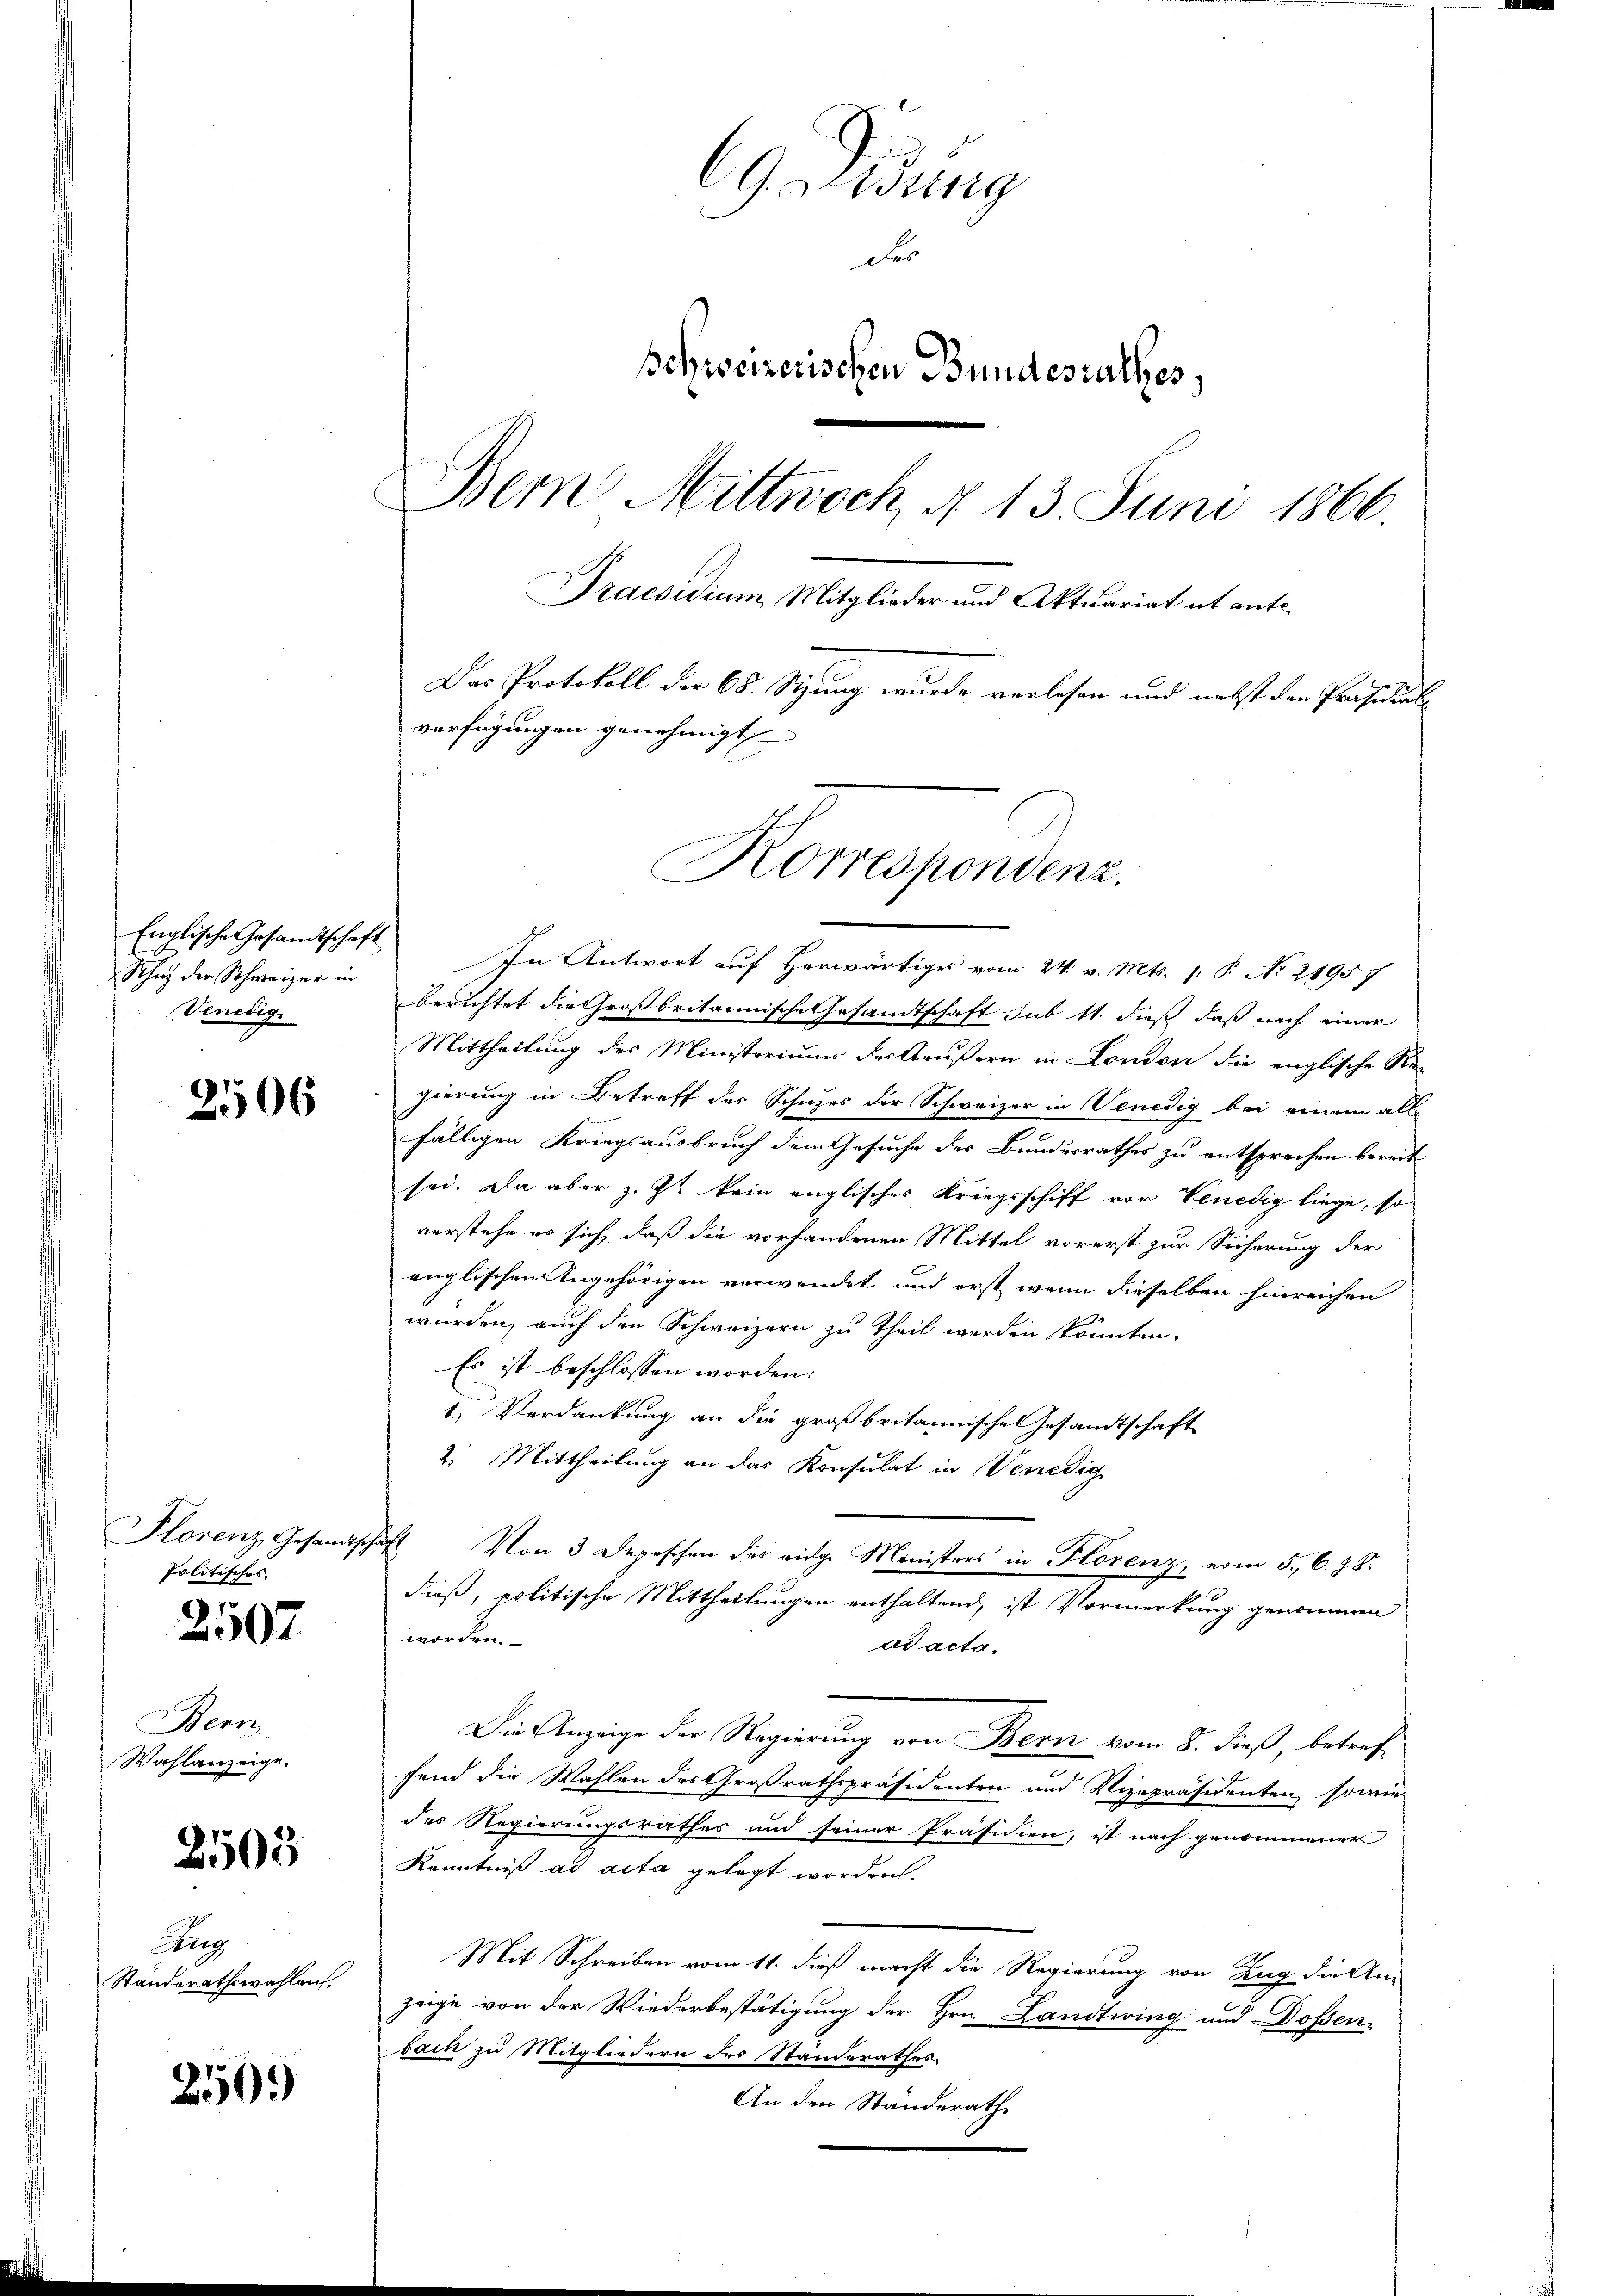
Englische Gesandtschaft
Schutz der Schweizer in
Venedig

2506

Politisches.

2507

Bern
Wahlanzeige.

2505

Aug
Standerathswahlen.

256.)

Geidung
des
Schweizerischen Bundesrathes
Bern Mittwoch, d. 13. Juni 1866.
Praesidium, Mitglieder und Aktuariat et ent¬
Das Protokoll der 68. Stung wurde verlesen und nebst den Präsidial
verfügungen genehmigt

Korrespondenz.

In Antwort auf Herwärtiger vom 24. v. Mts. 1. P. Nr. 21957
berichtet die Großbritannische Gesamtschaft sub 11. dieß daß nach einer
Mittheilung des Ministoriums der Aeußern in London die englische Re-
gierung in Betreff des Schuzes der Schweizer in Venedig bei einem allfälligen Kriegsausbruch dem Gesuche der Bundesrathes zu entsprechen bereit
sei. Da aber z. Zt. kain englisches Kriegsschiff vor Venedig liege, so
verstehe es sich, daß die vorhandenen Mittel vorerst zur Sicherung der
änglischen Angehörigen verwendet und erst wenn dieselben hinreichen
wurden, auch den Schweizern zu Theil werden könnten.
Es ist beschlossen worden:
1.) Verdankung an die großbritannische Gesandtschaft
2. Mittheilung an das Konsulat in Venedig
Plorenz Gesandtschaft von 3 Depeschen der vige Ministers in Florenz, vom 5. 6. 78.
dieß, politische Mittheilungen enthaltend, ist Vormerkung genommen
worden.
ad acta.
Die Anzeige der Regierung von Bern vom 8. dieß, betreffend die Wahlen des Großrathspräsidenten und Vizepräsidenten, sowie-
des Regierungsrathes und seiner Präsidien, ist nach genommener
Kenntniß ad acta gelegt worden.
Mit Schreiben vom 11. dieß macht die Regierung von Zug die An-
zeige von der Wiederbestätigung der Hrn. Landtwing und Dossen-
bach zu Mitgliedern des Standerathes.
An den Standerath